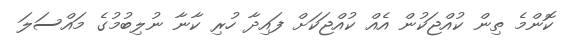
ކޮންމެ ތިން ކުއްޖަކުން އެއް ކުއްޖަކަށް ފައިދާ ހުރި ކާނާ ނުލިބުމުގެ މައްސަލަ